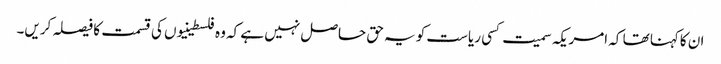
ان کاکہنا تھا کہ امریکہ سمیت کسی ریاست کو یہ حق حاصل نہیں ہے کہ وہ فلسطینیوں کی قسمت کا فیصلہ کریں۔